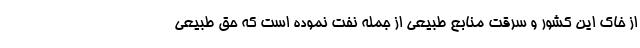
از خاک این کشور و سرقت منابع طبیعی از جمله نفت نموده است که حق طبیعی